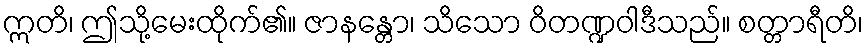
ဣတိ၊ ဤသို့မေးထိုက်၏။ ဇာနန္တော၊ သိသော ဝိတဏ္ဍဝါဒီသည်။ စတ္တာရီတိ၊